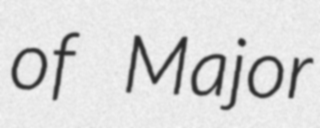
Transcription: of Major